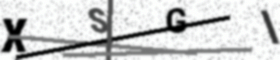
Text: XSGI